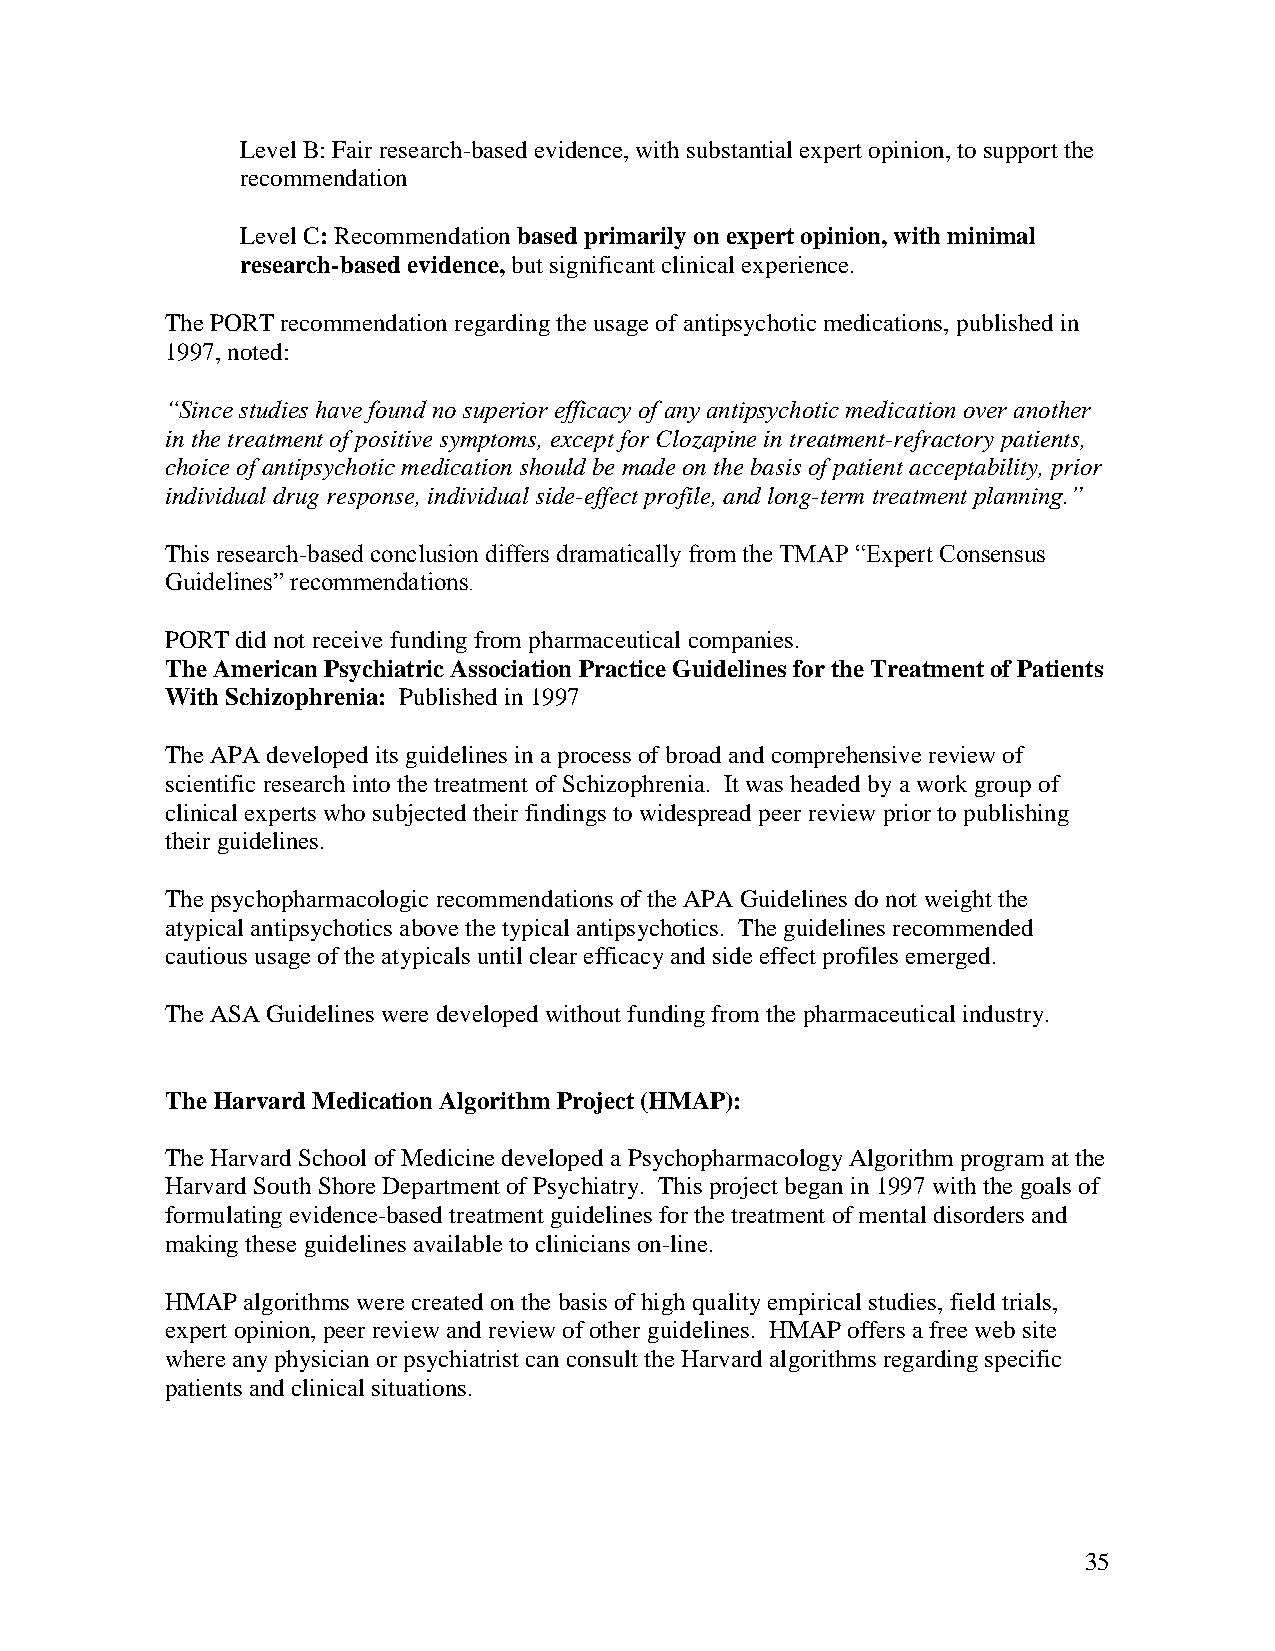
Level B: Fair research-basedevidence,withsubstantial expert opinion,tosupport the
 recommendation
 Level C:Recommendation based primarilyon expertopinion,with minimal
 research-based evidence, but significant clinical experience.
 ThePORTrecommendationregardingtheusageofantipsychoticmedications, publishedin
 1997,noted:
 “Since studies have found no superior efficacy of any antipsychotic medication over another
 inthetreatment of positivesymptoms, except for Clozapineintreatment-refractorypatients,
 choiceof antipsychoticmedicationshouldbemadeonthebasis of patient acceptability,prior
 individual drug response,individual side-effect profile,andlong-term treatment planning.”
 This research-based conclusion differs dramatically from the TMAP “Expert Consensus
 Guidelines” recommendations.
 PORTdidnot receivefundingfrom pharmaceutical companies.
 TheAmerican PsychiatricAssociation Practice Guidelines fortheTreatmentof Patients
 With Schizophrenia: Publishedin1997
 TheAPAdevelopedits guidelines inaprocess of broadandcomprehensivereviewof
 scientificresearchintothetreatment ofSchizophrenia. It was headedbya work groupof
 clinical experts whosubjectedtheir findings towidespreadpeer reviewpriortopublishing
 theirguidelines.
 Thepsychopharmacologicrecommendations oftheAPAGuidelines donot weight the
 atypical antipsychotics abovethetypical antipsychotics. Theguidelines recommended
 cautious usageofthe atypicals until clearefficacyandsideeffect profiles emerged.
 TheASAGuidelines weredeveloped without fundingfrom thepharmaceutical industry.
 TheHarvard Medication AlgorithmProject(HMAP):
 TheHarvardSchool of MedicinedevelopedaPsychopharmacologyAlgorithm program at the
 HarvardSouthShoreDepartment ofPsychiatry. This project beganin1997withthegoals of
 formulatingevidence-basedtreatment guidelines forthetreatment ofmental disorders and
 makingthese guidelines availabletoclinicians on-line.
 HMAP algorithms were createdonthebasis ofhighqualityempirical studies, fieldtrials,
 expert opinion,peerreviewandreviewofother guidelines. HMAP offers afreewebsite
 where anyphysicianorpsychiatrist canconsult theHarvardalgorithms regardingspecific
 patients andclinical situations.
 35